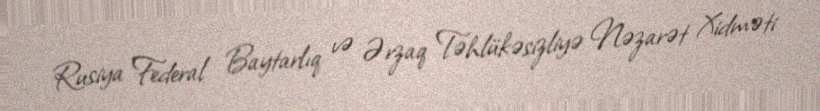
Rusiya Federal Baytarlıq və Ərzaq Təhlükəsizliyə Nəzarət Xidməti